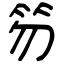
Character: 笏